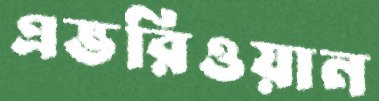
এভরিওয়ান